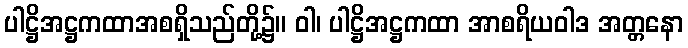
ပါဋ္ဌိအဋ္ဌကထာအစရှိသည်တို့၌။ ဝါ၊ ပါဋ္ဌိအဋ္ဌကထာ အာစရိယဝါဒ အတ္တနော